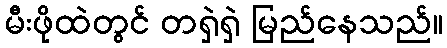
မီးဖိုထဲတွင် တရှဲရှဲ မြည်နေသည်။